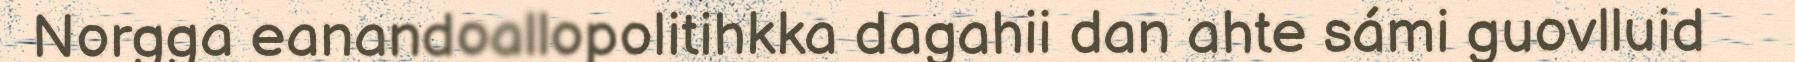
Norgga eanandoallopolitihkka dagahii dan ahte sámi guovlluid